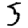
Digit: 5